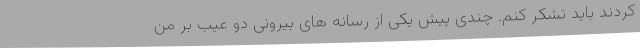
کردند باید تشکر کنم. چندی پیش یکی از رسانه های بیرونی دو عیب بر من